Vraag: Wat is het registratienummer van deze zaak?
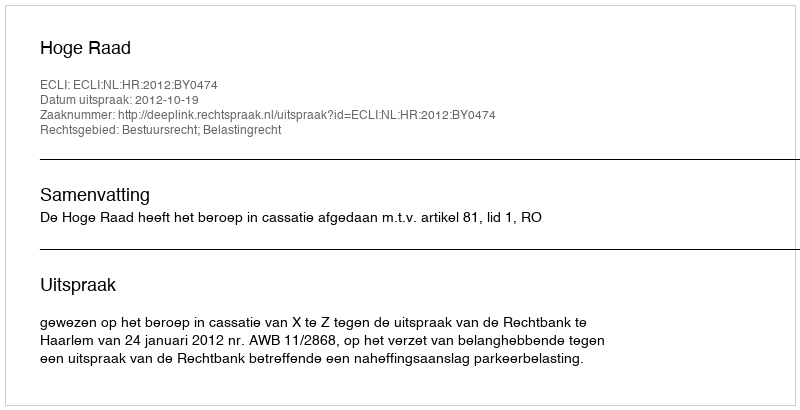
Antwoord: http://deeplink.rechtspraak.nl/uitspraak?id=ECLI:NL:HR:2012:BY0474